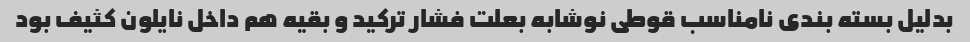
بدلیل بسته بندی نامناسب قوطی نوشابه بعلت فشار ترکید و بقیه هم داخل نایلون کثیف بود